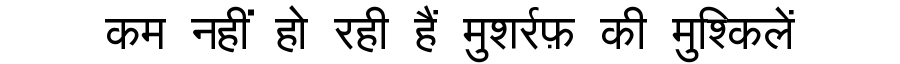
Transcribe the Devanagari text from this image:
कम नहीं हो रही हैं मुशर्रफ़ की मुश्किलें